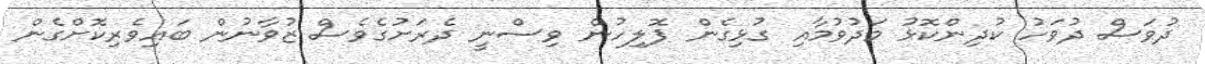
ދުވަސް ދުވަހު ކުދިންކޮޅު މަދުވުމާއި ގުޅިގެން ޕޮލިހުން ވިސްނީ ދެރަށުގެވެސް ޒުވާނުން ބައިވެރިކޮށްގެން